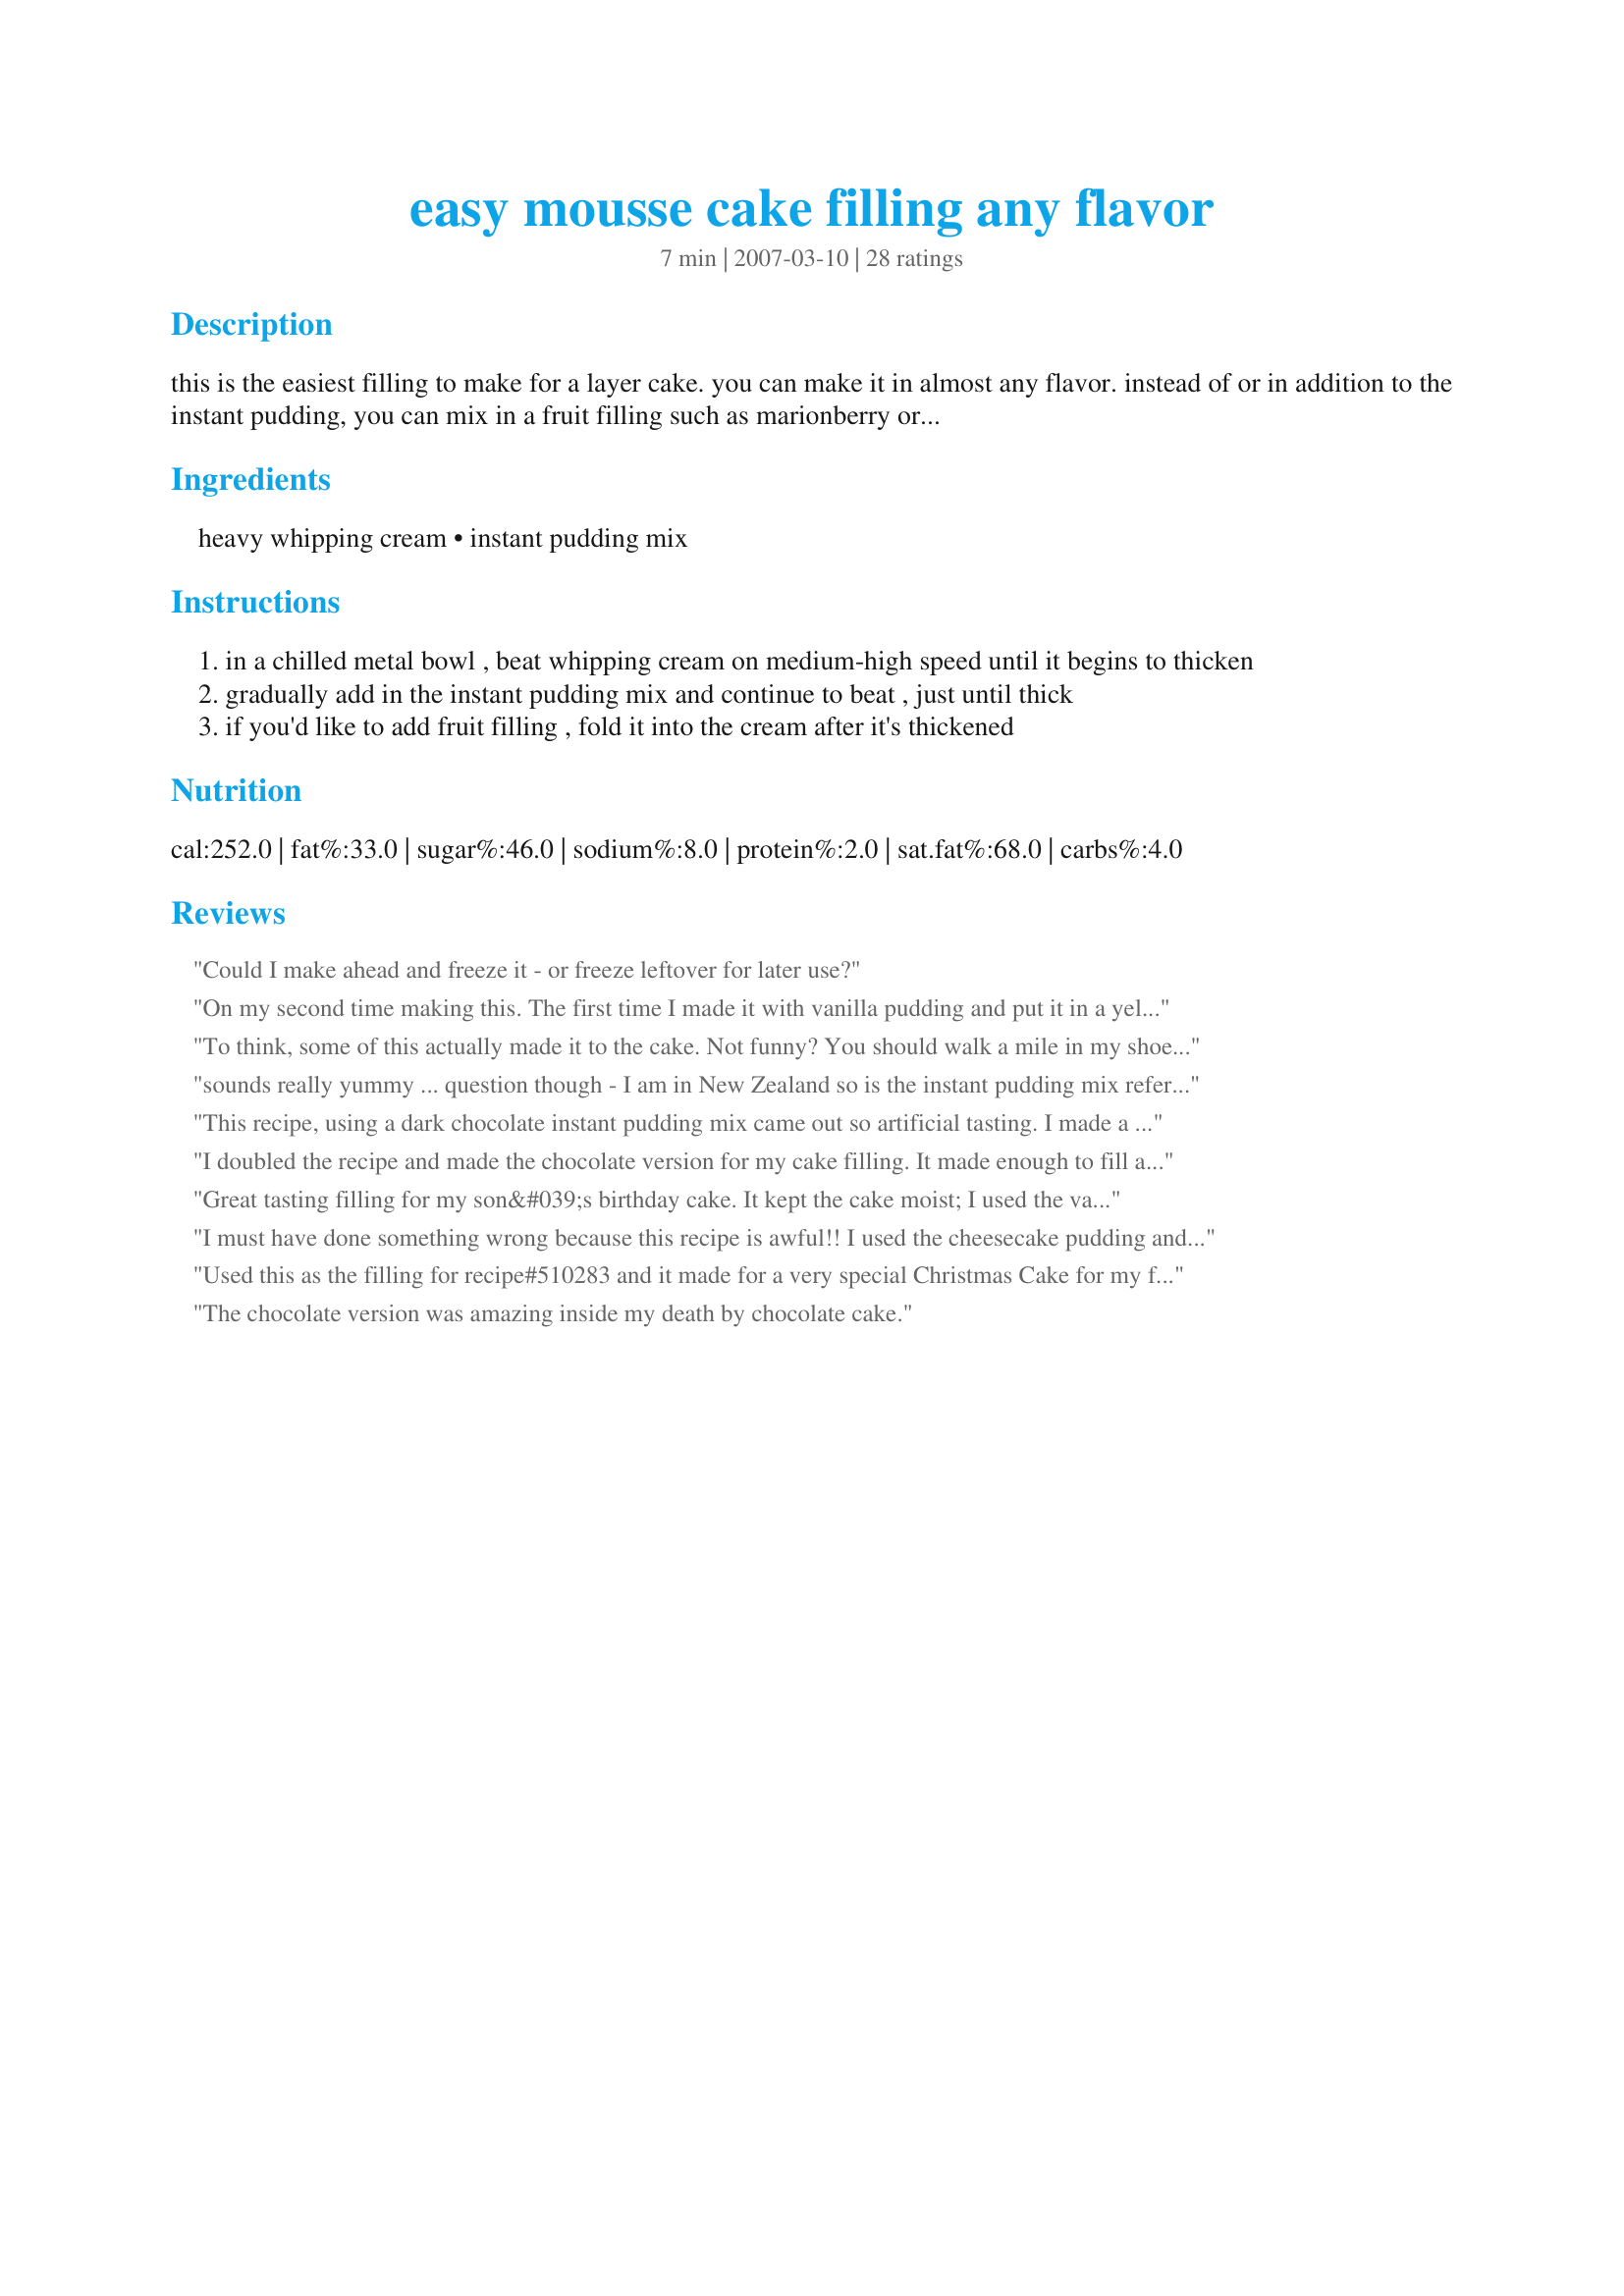
easy mousse cake filling any flavor
Preparation time: 7 minutes

this is the easiest filling to make for a layer cake. you can make it in almost any flavor. instead of or in addition to the instant pudding, you can mix in a fruit filling such as marionberry or strawberry. my favorite flavor of pudding to use is cheesecake. tastes so good with a chocolate or lemon cake. this will make enough to fill a typical layer cake.

Ingredients:
heavy whipping cream, instant pudding mix

Steps:
in a chilled metal bowl , beat whipping cream on medium-high speed until it begins to thicken
gradually add in the instant pudding mix and continue to beat , just until thick
if you'd like to add fruit filling , fold it into the cream after it's thickened

Reviews:
Could I make ahead and freeze it - or freeze leftover for later use?
On my second time making this. The first time I made it with vanilla pudding and put it in a yellow cake. People kept asking me what was in the middle.. they loved it!!! Today I made it with banana pudding and then topped with sliced bananas in the middle of the cake for my daughters 3rd birthday. We haven't eaten it yet, but I'm sure it will be yummy!!!! Just so easy and GOOD. Doesn't taste like it takes less than five minutes to whip up!!!! THANKS!!!!
To think, some of this actually made it to the cake. Not funny? You should walk a mile in my shoes and bra.
sounds really yummy ... question though - I am in New Zealand so is the instant pudding mix referred to in this recipe similar to what we have here ( you buy instant pudding in a small box and mix it up with 1 cup of milk till thick and set in fridge ) ? so you are just using the &quot;powder&quot; and adding which ever flavour you wish to the cream ?
This recipe, using a dark chocolate instant pudding mix came out so artificial tasting. I made a second batch but added 2 C. Cocoa Powder, and 2 C. Powdered Sugar to the pudding mix. Whisked all dry ingredients together then added the whipping cream and beat it all at once. WAY BETTER!
I doubled the recipe and made the chocolate version for my cake filling. It made enough to fill a 4-layer 9-inch cake and a 4-layer 6-inch cake. I made it the night before and it held up well, even being out of the fridge for about 4 hours the following day. It was VERY thick, thick enough to stand a spoon up in. For this reason, I would not recommend using as a frosting. Delicious and easy filling, though!
Great tasting filling for my son&#039;s birthday cake. It kept the cake moist; I used the vanilla pudding but would like to try others. Thank you!
I must have done something wrong because this recipe is awful!! I used the cheesecake pudding and couldn&#039;t get the horrible taste out of my mouth!
Your directions are not really clear.....are you supposed to make the pudding first and then fold it into the whipped cream? I just added the pudding mix to the beaten whipped cream and folded in fresh raspberries. What a waste of ingredients! Terrible!!!!
Used this as the filling for recipe#510283 and it made for a very special Christmas Cake for my family. I used vanilla and it was not only easy but creamy and thick enough the cake layers didn&#039;t slide around. It was really wonderful.&lt;br/&gt;&lt;br/&gt;As an update, made this to fill a dark chocolate fudge cake with a chocolate pudding and awesome results. 12/6/2015 update: Made again for recipe#232838 using cheese cake pudding and WOW, wonderful
The chocolate version was amazing inside my death by chocolate cake.
This has not picture because it gets eaten before anyone can find the camera. Tripled the amount of cream and put it between Texas sheet cakes. Super good and stable.
I use the white chocolate pudding mix all the time, with rave reviews! I like to layer fresh strawberries on top of the &quot;mousse&quot;. Another favorite combo is Hersehey&#039;s choc cake recipe, this recipe for white chocolate mousse, and a layer of homemade salted caramel sauce between each layer too.... people like this one the most! Has anyone tried the strawberry one?
This looks phenomenal!!! The icing taste wonderful and I used a devil’s food cake. I topped it with Cadbury chocolate shavings. I used the heavy whipping cream and Godiva chocolate pudding. It was a little too bland and thick so I added powdered sugar to sweeten a little more and added about 1/4 cup (or less) whole milk to make it a little thinner/fluffier because it was too thick. Looks absolutely delicious now and I can’t wait to we get to Dig in to this! ??
I used this as the filling for a cake I was making for a wedding shower. It was super-easy and sooo tastey. (I had no problem with the layers sliding.) Several people asked me for the recipe. I will be using this recipe again and again.
Awesome!! Will definetely use again and again. The family loved it! Its very thick, I wasnt concerned at all abt the cake sliding. Its thick but when you taste......omg.lol
Should I add gelatin to stabilize?
ok i was out of clear-gel for my mousse filling so I tried this one in chocolate and added 2 tps. espresso powder LOL I WILL NEVER FIGHT WITH MAKING MY MOUSSE AGAIN!
Exactly what I was looking for! I used chocolate pudding as a a filling for yellow cake. It took just a minute to whip up and had just the right texture. Thanks for sharing the keeper recipe!
I've used this and got rave reviews too. With vanilla pudding I've added chopped fresh strawberries and with the chocolate pudding I added coffee liquour for flavor. I haven't had problems with sliding b/c the filling is very thick.
This was absolutely INCREDIBLE!!! I licked every spoon and spatula (after use) but still managed to get some on each of the layers of the 4-layer cake I made. (The cake is for a party this weekend -- I can hardly wait to serve it.) I used vanilla pudding mix and added chopped strawberries. I can see that this will be my go-to filling from now on as it will definitely adapt to various flavors. Thank you for posting!
This stuff worked great! I used cheesecake pudding and put it on Deep Dark Chocolate Cake (12488) and put buttercream frosting on top of the whole thing. Delicious on all counts! I'm definitely saving this recipe for future use.
Well I beat it toooooo much and had chocolate cement LOL it tastes good but too thick for frosting, I could have used it for the filling but already filled!
While learning to decorate cakes i was always told not to use pudding as a filling for cakes as the top layer would slide off! Well i didnt believe and while delivering a cake filled with vanilla pudding, I arrived with the top layer completly off the cake and on my trunks carpeted floor!! Will this Recipe work as a more stable filling for a layer cake??? It sounds yummy but im afraid of a repeat!
This is very easy to make and great because there are so many different flavor of pudding mixes. I use this recipe a lot!
Genius is right! I have been making and throwing away frosting and moose for 2 weeks! All I wanted was a light fluffy NOT so sweet recipe. This is it! I can't believe its just that easy....but IT IS! I did find that there wasn't enough to do the inside and outside of my 8x8 square 2 layer cake. I do frost liberally! QUESTION... How long can this moose be at room temperature? Will it break down when left at room temp? Thank you! Heather from Michigan
This is so good! I just made it tonight with cheesecake flavored jello pudding. I love it! It's light and delicious and the perfect filling to my cake. Thanks so much for posting this!
I didn&#039;t have time to make a traditional mousse and gave this a try. Not only did my children love it, but I did it wrong and it turned out great anyway. I was in a hurry and forgot that I was supposed to beat the cream first. I just mixed it all together in a mixer. It would probably be even better if done correctly, but it worked wonderfully as a filler for a birthday cake. I used chocolate pudding.
This was a very simple and easy lifesaver that taste divine!
